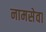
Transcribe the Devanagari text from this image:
नामसेवा